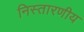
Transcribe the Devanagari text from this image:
निस्तारणीय